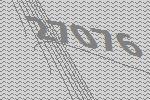
27076